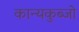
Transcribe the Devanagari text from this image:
कान्यकुब्जो